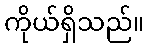
ကိုယ်ရှိသည်။